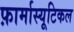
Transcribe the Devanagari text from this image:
फ़ार्मास्यूटिकल